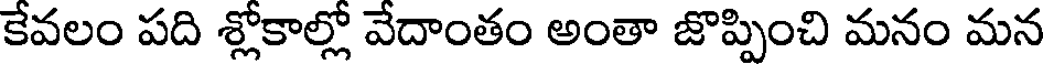
కేవలం పది శ్లోకాల్లో వేదాంతం అంతా జొప్పించి మనం మన